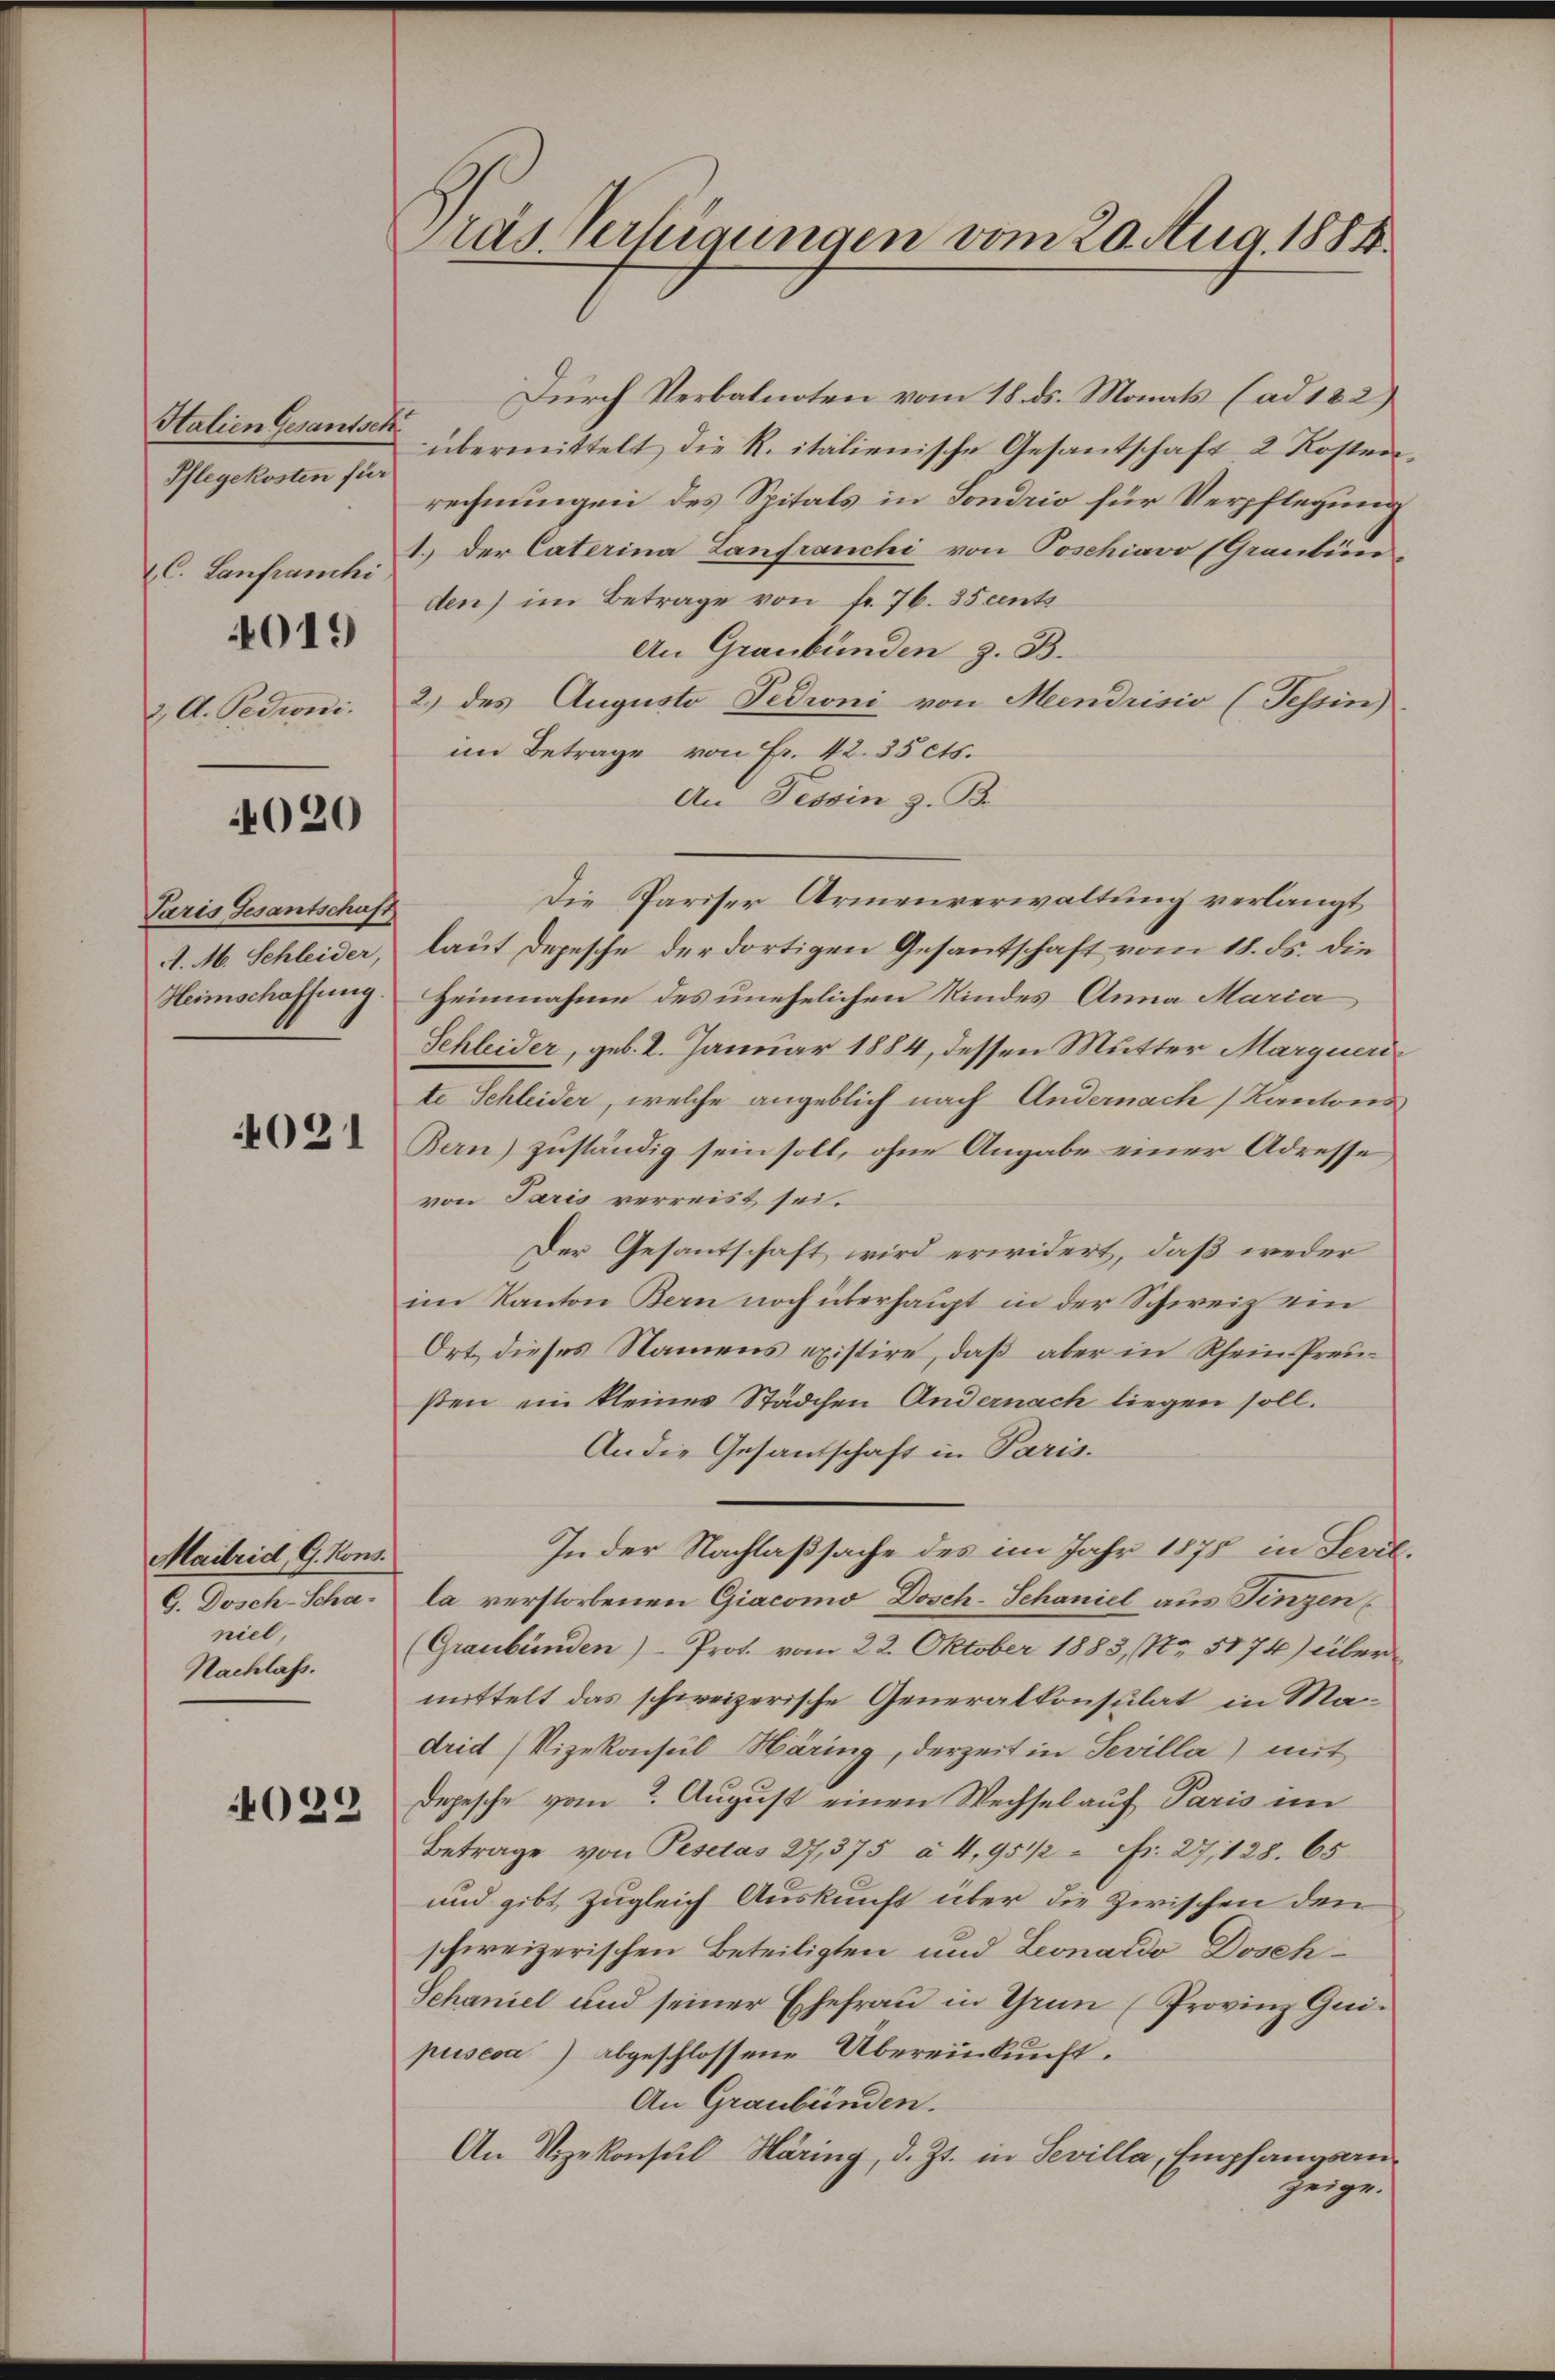
Stalien Gesandsch
Pflegekosten für
 C. Lanfranchi
4019
3, A. Pedioni.

4020

Paris Gesantschaft
A. M. Schleider,
Heimschaffung

4021

Maitrid G. Kons.
G. Dosch-Scha-
niel,
Nachlass.

022

Präs. Verfügungen vom 20. Aug. 1884.

Durch Verbalnoten vom 18. ds. Monats (ad 122)
übermittelt die R. italienische Gesantschaft 2 Kosten
rechnungen des Spitals in Sondrio für Verpflegung
1.) Der Caterina Zanfranchi von Poschiavo (Graubün
den) im Betrage von fr. 76. 35 cents
An Graubünden z. B.
2.) des Augusto Pedroni von Mendrisio (Tessin)
im Betrage von Fr. 42. 35 cts.
An Tessin z. B.
Die Pariser Armenverwaltung verlangt
laut Depesche der dortigen Gesantschaft vom 18. ds. die
Heinnahme des unehelichen Kindes Anna Maria
Schleider, geb. 2. Januar 1884, dessen Mutter Marqueri
te Schleider, welche angeblich nach Andernach Kantons¬
Bern) zuständig sein soll, ohne Angabe einer Adresse
von Paris verreist sei.
Der Gesantschaft wird erwidert, daß weder
im Kanton Bern noch überhaupt in der Schweiz ein
Ort dieses Namens existire, daß aber in Rhein Preußen ein kleines Städchen Andernach liegen soll.
An die Gesandschaft in Paris.
In der Nachlaßsache des im Jahr 1875 in Serie
la verstorbenen Giacomo Dosch-Schaniel aus Fingen
(Graubünden) Prot. vom 22. Oktober 1883, No. 5174) über
mittelt das schweizerische Generalkonsulat in Madrid (Vizekonsul Häring, derzeit in Sevilla) mit
Depesche vom 2. August einen Wechsel auf Paris im
Betrage von Pisetas 27, 375 à 4, 95 1/2 " Fr. 27, 128. 65.
und gibt, zugleich Auskunft über die Zwischen den
schweizerischen Beteiligten und Leonardo Dosch¬
Schaniel und seiner Ehefrau in Grun (Provinz Guipusesa) abgeschlossene Übereinkunft.
An Graubünden.
An Vizekonsul Häring, d. Zt. in Sevilla, Empfangsanzeige.